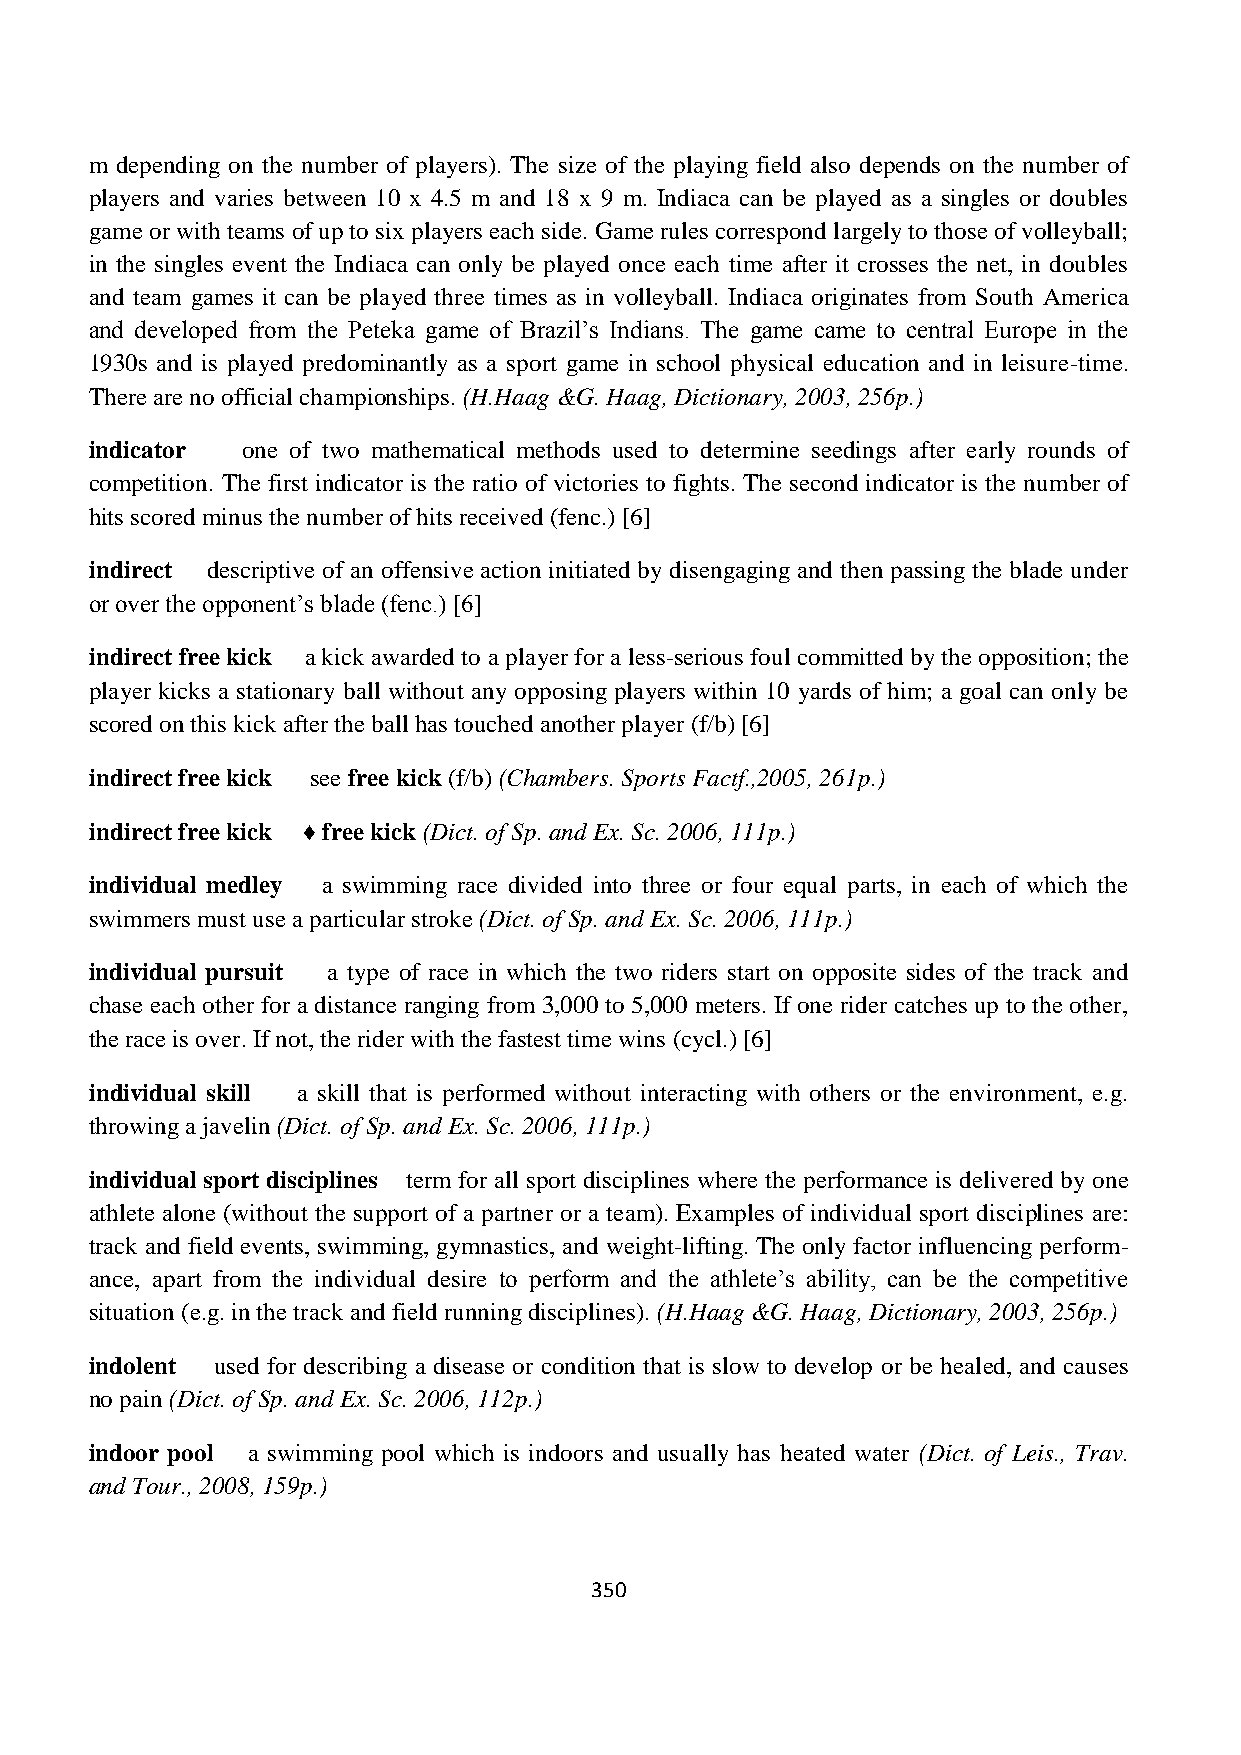
m depending on the number of players). The size of the playing field also depends on the number of
 players and varies between 10 x 4.5 m and 18 x 9 m. Indiaca can be played as a singles or doubles
 game or with teams of up to six players each side. Game rules correspond largely to those of volleyball;
 in the singles event the Indiaca can only be played once each time after it crosses the net, in doubles
 and team games it can be played three times as in volleyball. Indiaca originates from South America
 and developed from the Peteka game of Brazil‟s Indians. The game came to central Europe in the
 1930s and is played predominantly as a sport game in school physical education and in leisure-time.
 There are no official championships. (H.Haag &G. Haag, Dictionary, 2003, 256p.)
 indicator one of two mathematical methods used to determine seedings after early rounds of
 competition. The first indicator is the ratio of victories to fights. The second indicator is the number of
 hits scored minus the number of hits received (fenc.) [6]
 indirect descriptive of an offensive action initiated by disengaging and then passing the blade under
 or over the opponent‟s blade (fenc.) [6]
 indirect free kick a kick awarded to a player for a less-serious foul committed by the opposition; the
 player kicks a stationary ball without any opposing players within 10 yards of him; a goal can only be
 scored on this kick after the ball has touched another player (f/b) [6]
 indirect free kick see free kick (f/b) (Chambers. Sports Factf.,2005, 261p.)
 indirect free kick ♦ free kick (Dict. of Sp. and Ex. Sc. 2006, 111p.)
 individual medley a swimming race divided into three or four equal parts, in each of which the
 swimmers must use a particular stroke (Dict. of Sp. and Ex. Sc. 2006, 111p.)
 individual pursuit a type of race in which the two riders start on opposite sides of the track and
 chase each other for a distance ranging from 3,000 to 5,000 meters. If one rider catches up to the other,
 the race is over. If not, the rider with the fastest time wins (cycl.) [6]
 individual skill a skill that is performed without interacting with others or the environment, e.g.
 throwing a javelin (Dict. of Sp. and Ex. Sc. 2006, 111p.)
 individual sport disciplines term for all sport disciplines where the performance is delivered by one
 athlete alone (without the support of a partner or a team). Examples of individual sport disciplines are:
 track and field events, swimming, gymnastics, and weight-lifting. The only factor influencing perform-
 ance, apart from the individual desire to perform and the athlete‟s ability, can be the competitive
 situation (e.g. in the track and field running disciplines). (H.Haag &G. Haag, Dictionary, 2003, 256p.)
 indolent used for describing a disease or condition that is slow to develop or be healed, and causes
 no pain (Dict. of Sp. and Ex. Sc. 2006, 112p.)
 indoor pool a swimming pool which is indoors and usually has heated water (Dict. of Leis., Trav.
 and Tour., 2008, 159p.)
 350